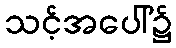
သင့်အပေါ်၌